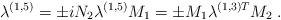
LaTeX: \begin{align*}\lambda^{(1,5)} = \pm i N_2 \lambda^{(1,5)} M_1 = \pm M_1\lambda^{(1,3)T} M_2 \; .\end{align*}